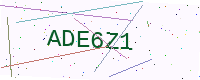
Text: ADE6Z1